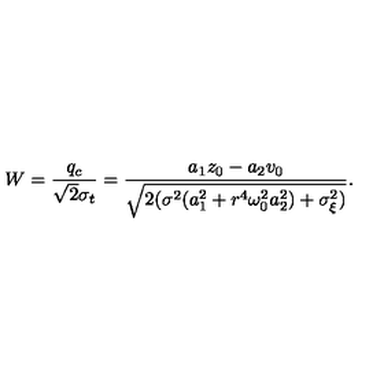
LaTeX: W = \frac { q _ { c } } { \sqrt { 2 } \sigma _ { t } } = \frac { a _ { 1 } z _ { 0 } - a _ { 2 } v _ { 0 } } { \sqrt { 2 ( \sigma ^ { 2 } ( a _ { 1 } ^ { 2 } + r ^ { 4 } { \omega _ { 0 } ^ { 2 } } a _ { 2 } ^ { 2 } ) + \sigma _ { \xi } ^ { 2 } ) } } .